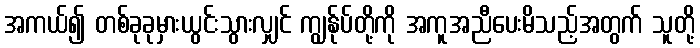
အကယ်၍ တစ်ခုခုမှားယွင်းသွားလျှင် ကျွန်ုပ်တို့ကို အကူအညီပေးမိသည့်အတွက် သူတို့